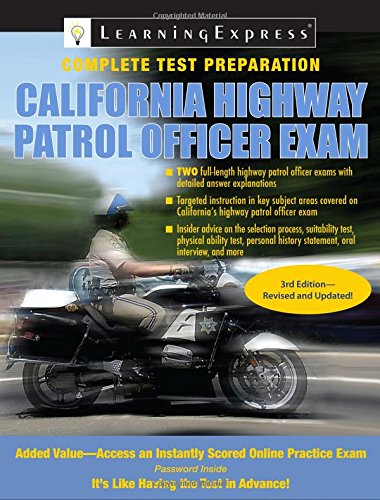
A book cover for California Highway Patrol Officer Exam; LearningExpress LLC Editors; Test Preparation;